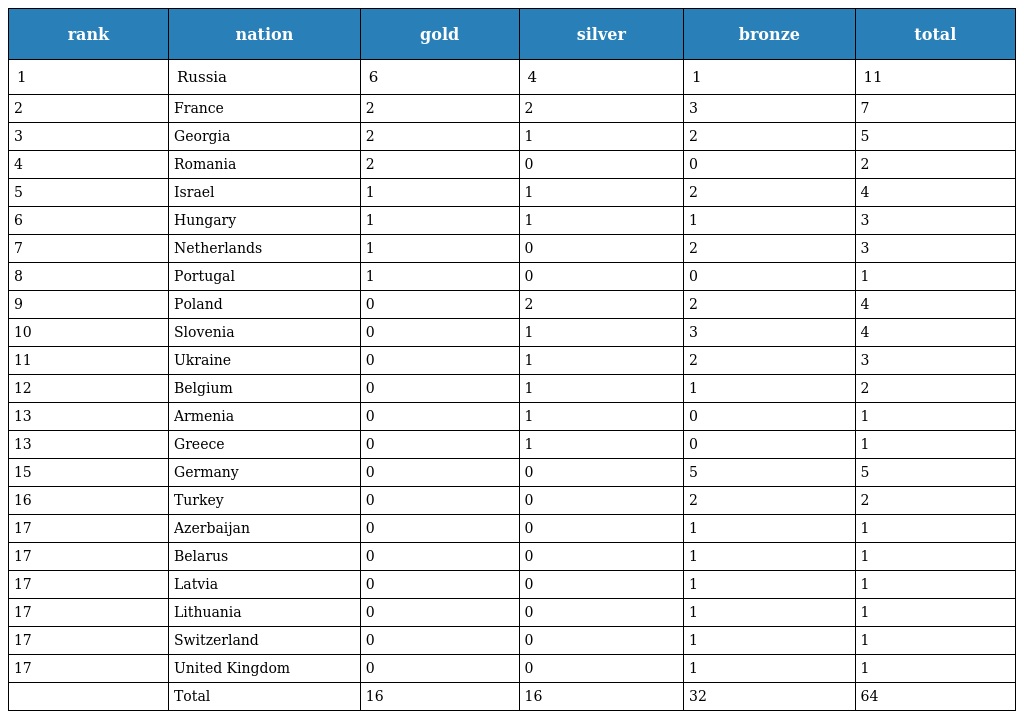
| rank | nation | gold | silver | bronze | total |
 | --- | --- | --- | --- | --- | --- |
 | 1 | Russia | 6 | 4 | 1 | 11 |
 | 2 | France | 2 | 2 | 3 | 7 |
 | 3 | Georgia | 2 | 1 | 2 | 5 |
 | 4 | Romania | 2 | 0 | 0 | 2 |
 | 5 | Israel | 1 | 1 | 2 | 4 |
 | 6 | Hungary | 1 | 1 | 1 | 3 |
 | 7 | Netherlands | 1 | 0 | 2 | 3 |
 | 8 | Portugal | 1 | 0 | 0 | 1 |
 | 9 | Poland | 0 | 2 | 2 | 4 |
 | 10 | Slovenia | 0 | 1 | 3 | 4 |
 | 11 | Ukraine | 0 | 1 | 2 | 3 |
 | 12 | Belgium | 0 | 1 | 1 | 2 |
 | 13 | Armenia | 0 | 1 | 0 | 1 |
 | 13 | Greece | 0 | 1 | 0 | 1 |
 | 15 | Germany | 0 | 0 | 5 | 5 |
 | 16 | Turkey | 0 | 0 | 2 | 2 |
 | 17 | Azerbaijan | 0 | 0 | 1 | 1 |
 | 17 | Belarus | 0 | 0 | 1 | 1 |
 | 17 | Latvia | 0 | 0 | 1 | 1 |
 | 17 | Lithuania | 0 | 0 | 1 | 1 |
 | 17 | Switzerland | 0 | 0 | 1 | 1 |
 | 17 | United Kingdom | 0 | 0 | 1 | 1 |
 |  | Total | 16 | 16 | 32 | 64 |